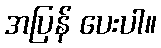
အပြန် ပေးပါ။